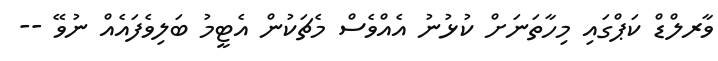
ވާރލްޑް ކަޕްގައި މިހާތަނަށް ކުޅުނު އެއްވެސް މެޗަކުން އެޓީމު ބަލިވެފައެއް ނުވޭ --